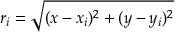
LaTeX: r _ { i } = { \sqrt { ( x - x _ { i } ) ^ { 2 } + ( y - y _ { i } ) ^ { 2 } } }